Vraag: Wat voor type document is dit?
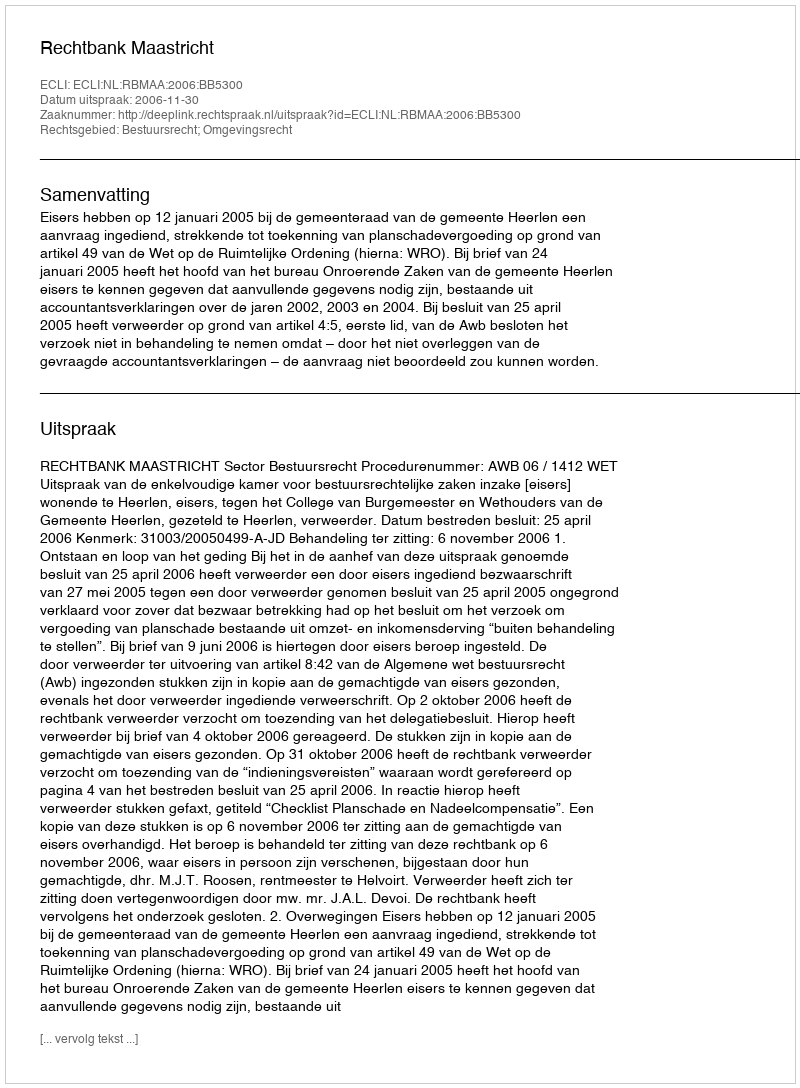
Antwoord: Uitspraak